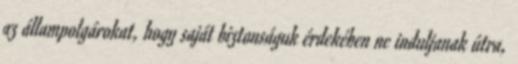
az állampolgárokat, hogy saját biztonságuk érdekében ne induljanak útra,